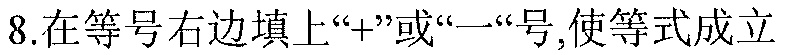
8.在等号右边填上“+”或“一“号,使等式成立